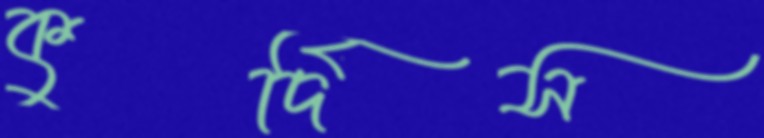
কুর্দিস